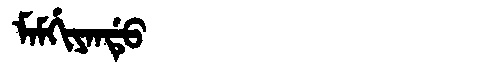
Manchu: ᠮᠠᠮᡤᡳᠶᠠᠨᡩᡠ
Romanization: MAMGIYANDU